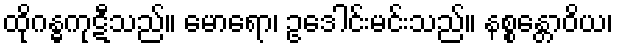
ထိုဂန္ဓကုဋီသည်။ မောရော၊ ဥဒေါင်းမင်းသည်။ နစ္စန္တောဝိယ၊